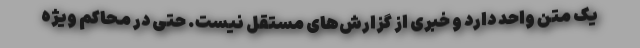
یک متن واحد دارد و خبری از گزارش‌های مستقل نیست. حتی در محاکم ویژه